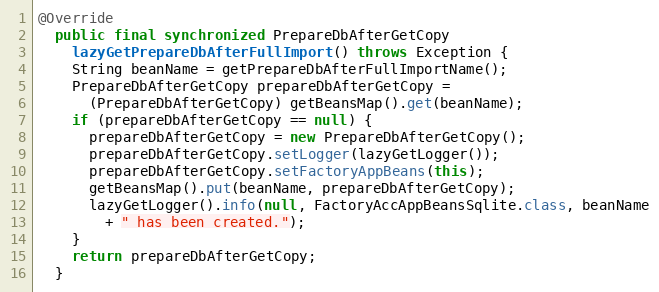
Language: Java
@Override
  public final synchronized PrepareDbAfterGetCopy
    lazyGetPrepareDbAfterFullImport() throws Exception {
    String beanName = getPrepareDbAfterFullImportName();
    PrepareDbAfterGetCopy prepareDbAfterGetCopy =
      (PrepareDbAfterGetCopy) getBeansMap().get(beanName);
    if (prepareDbAfterGetCopy == null) {
      prepareDbAfterGetCopy = new PrepareDbAfterGetCopy();
      prepareDbAfterGetCopy.setLogger(lazyGetLogger());
      prepareDbAfterGetCopy.setFactoryAppBeans(this);
      getBeansMap().put(beanName, prepareDbAfterGetCopy);
      lazyGetLogger().info(null, FactoryAccAppBeansSqlite.class, beanName
        + " has been created.");
    }
    return prepareDbAfterGetCopy;
  }